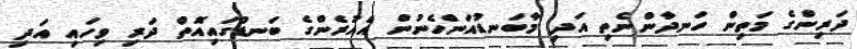
ދަރިންގެ މަތިން ހަނދާންނެތި އަދި މާބަނޑުއަންހެނުން އެއުރެންގެ ބަނޑުގައިއޮތް ދަރި ވިހައި އަދި